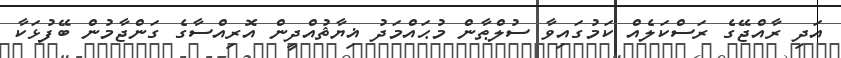
އަދި ރާއްޖޭގެ ރަސްކަލެއް ކަމުގައިވާ ސުލްޠާން މުޙައްމަދު ޣިޔާޘުއްދީން އޮރިއްސާގެ ގަންޖާމުން ބޭފުޅަކާ